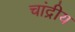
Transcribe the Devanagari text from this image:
चांद्रीय